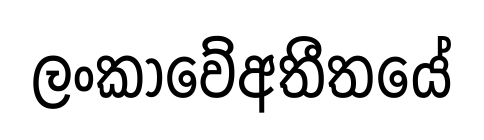
ලංකාවේඅතීතයේ